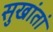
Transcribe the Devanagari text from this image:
सुखांतां